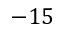
- 1 5